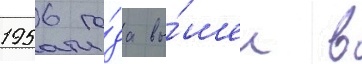
1956 го́да вы́шел в